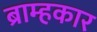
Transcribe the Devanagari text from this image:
ब्राम्हकार